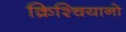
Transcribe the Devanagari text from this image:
क्रिश्चियानो